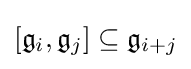
[{\mathfrak {g}}_{i},{\mathfrak {g}}_{j}]\subseteq {\mathfrak {g}}_{i+j}